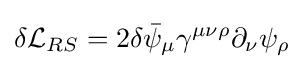
\delta {\mathcal {L}}_{RS}=2\delta {\bar {\psi }}_{\mu }\gamma ^{\mu \nu \rho }\partial _{\nu }\psi _{\rho }